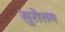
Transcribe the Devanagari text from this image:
सुरोत्तम